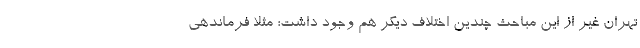
تهران غیر از این مباحث چندین اختلاف دیگر هم وجود داشت؛ مثلا فرماندهی